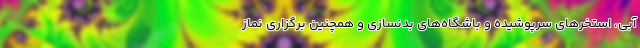
آبی، استخرهای سرپوشیده و باشگاه‌های بدنسازی و همچنین برگزاری نماز